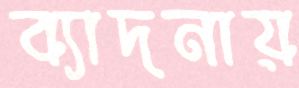
ব্যাদনায়